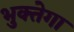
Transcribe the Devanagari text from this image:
भुक्तेगा